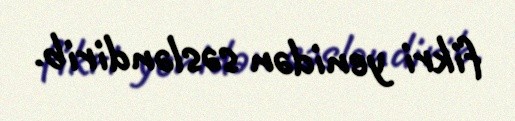
fikri yenidən səsləndirib.